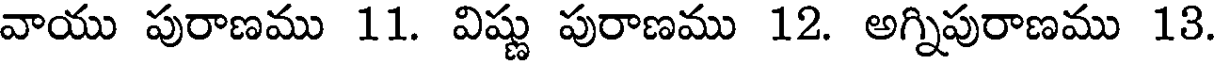
వాయు పురాణము 11. విష్టు పురాణము 12. అగ్నిపురాణము 13.